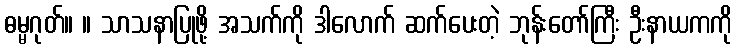
ဓမ္မဂုတ်။ ။ သာသနာပြုဖို့ အသက်ကို ဒါလောက် ဆက်ပေးတဲ့ ဘုန်းတော်ကြီး ဦးနာယကကို